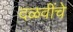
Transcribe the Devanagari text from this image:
दळवींचे